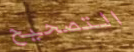
التصحيح